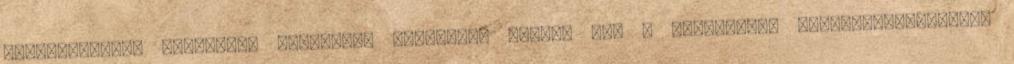
támogatásával optimális termelési színvonal érhető el, a betegségek visszaszoríthatóak